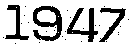
1947